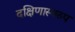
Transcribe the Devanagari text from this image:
दक्षिणास्वरुप